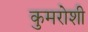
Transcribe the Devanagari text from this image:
कुमरोशी